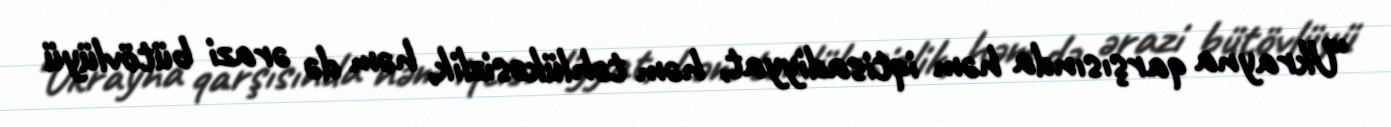
“Ukrayna qarşısında həm iqtisadiyyat, həm təhlükəsizlik, həm də ərazi bütövlüyü